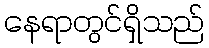
နေရာတွင်ရှိသည်